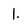
Character: 1